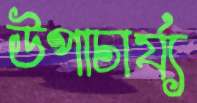
উপাচার্য্য